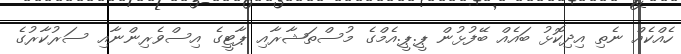
ހެއްކެއް ނެތި އިދިކޮޅު ބައެއް ބޭފުޅުން ޕީ.ޕީ.އެމްގެ މުސްތަޝާރާއި ޕާޓީގެ އިސްވެރިންނާއި ސަރުކާރުގެ